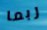
ربما